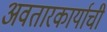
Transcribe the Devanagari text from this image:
अवतारकार्याची